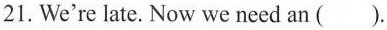
21.We're late. Now we need an ( ).